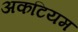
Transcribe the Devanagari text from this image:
अकटियम